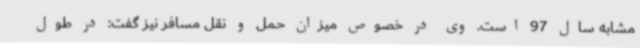
مشابه سال 97 است. وی در خصوص میزان حمل و نقل مسافر نیز گفت: در طول